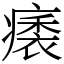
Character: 㿆